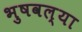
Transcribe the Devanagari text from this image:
भुषवल्या